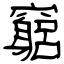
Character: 竆